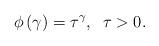
LaTeX: \begin{align*}\phi \left( \gamma \right) =\tau ^{\gamma },\;\;\tau >0. \end{align*}